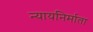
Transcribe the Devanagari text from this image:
न्यायनिर्माता